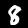
Label: 8